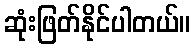
ဆုံးဖြတ်နိုင်ပါတယ်။